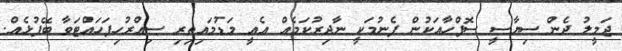
ޖަމީލު ދެން ސިޔާސީ ސޮފްހާއަކުން ފެނުމަކީ ނާދިރުކަމެއް އެއީ މަޑުމައިތިރި ސިއްރުހިފަހައްޓަވާ ބޭފުޅެއް.